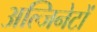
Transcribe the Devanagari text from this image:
अल्जिनेटों